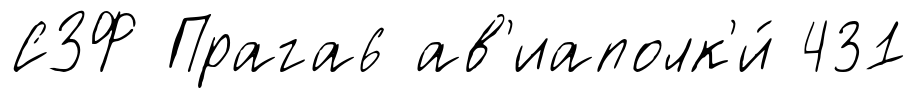
СЗФ Прага6 ав'иаполк'и́ 431